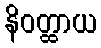
နိဝတ္ထာယ